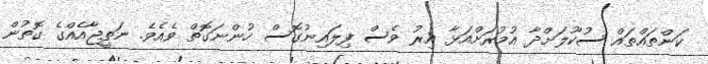
ކަންތައްތައް ސުކޫލަށްދާ އުމުރަށްއަޅާ އިރު ވެސް ފިލައިނުގޮސް ހުންނަގޮތް ވެއެވެ. ނަތީޖާއެއްގެ ގޮތުން